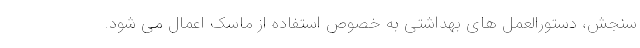
سنجش، دستورالعمل های بهداشتی به خصوص استفاده از ماسک اعمال می شود.